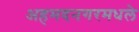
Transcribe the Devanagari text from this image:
अहमदनगरमधले